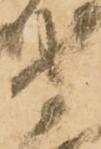
守